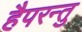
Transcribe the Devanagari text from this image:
हैपरन्तु